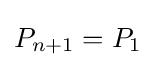
P_{n+1}=P_{1}